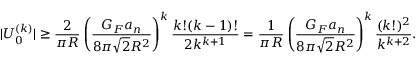
| U _ { 0 } ^ { ( k ) } | \geq \frac { 2 } { \pi R } \left( \frac { G _ { F } a _ { n } } { 8 \pi \sqrt { 2 } R ^ { 2 } } \right) ^ { k } \frac { k ! ( k - 1 ) ! } { 2 k ^ { k + 1 } } = \frac { 1 } { \pi R } \left( \frac { G _ { F } a _ { n } } { 8 \pi \sqrt { 2 } R ^ { 2 } } \right) ^ { k } \frac { ( k ! ) ^ { 2 } } { k ^ { k + 2 } } .